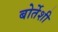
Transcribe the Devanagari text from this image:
बोर्तेशी